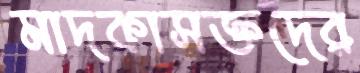
মাদকাসক্তদের